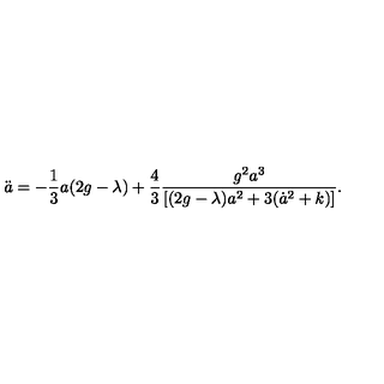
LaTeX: \ddot { a } = - \frac 1 3 a ( 2 g - \lambda ) + \frac 4 3 \frac { g ^ { 2 } a ^ { 3 } } { [ ( 2 g - \lambda ) a ^ { 2 } + 3 ( \dot { a } ^ { 2 } + k ) ] } .